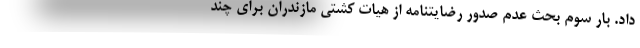
داد. بار سوم بحث عدم صدور رضایتنامه از هیات کشتی مازندران برای چند